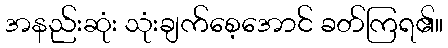
အနည်းဆုံး သုံးချက်စေ့အောင် ခတ်ကြရ၏။